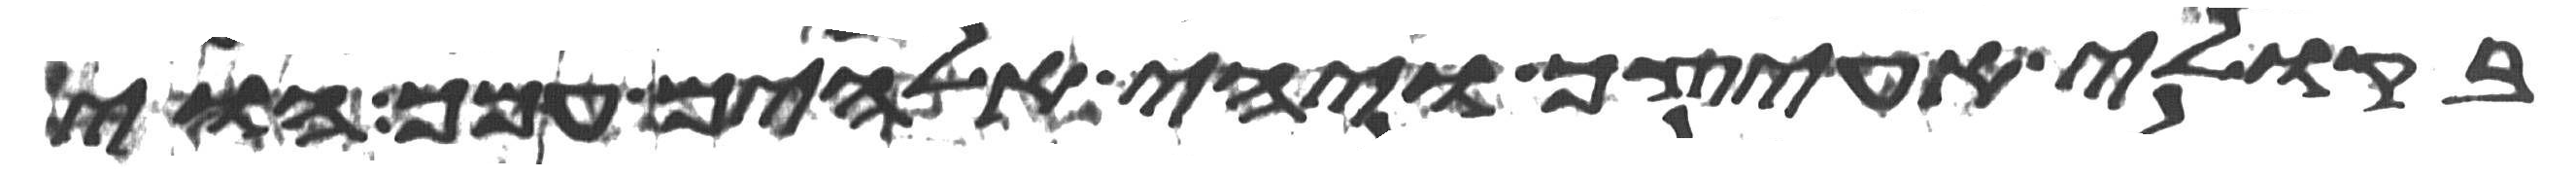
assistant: בקולי אעיצך ויהי אלהים עמך הוי